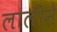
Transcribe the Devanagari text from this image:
लालीने